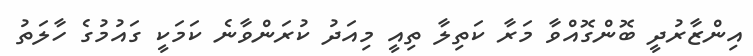
އިންޒާރުދީ ބޮންގޮއްވާ މަރާ ކަތިލާ ތިއީ މިއަދު ކުރަންވާނެ ކަމަކީ ގައުމުގެ ހާލަތު